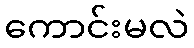
ကောင်းမလဲ